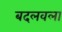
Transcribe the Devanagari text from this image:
बदलवला